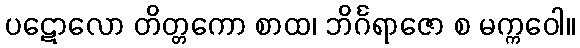
ပဋောလော တိတ္တကော စာထ၊ ဘိင်္ဂရာဇော စ မက္ကဝေါ။